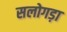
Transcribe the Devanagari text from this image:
सलोगड़ा